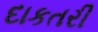
દાકતરી